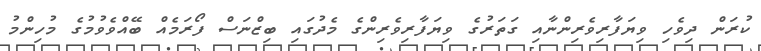
ކުރަން ދިވެހި ވިޔަފާރިވެރިންނާއި ގަތަރުގެ ވިޔަފާރިވެރިންގެ މެދުގައި ބިޒްނަސް ފޯރަމެއް ބޭއްވެވުމުގެ މުހިންމު